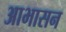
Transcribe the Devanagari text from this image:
आभासन